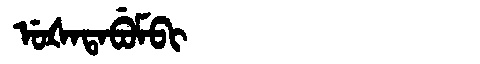
Manchu: ᡠᡧᠠᡨᠠᠪᡠᠮᠪᡳ
Romanization: UŠATABUMBI